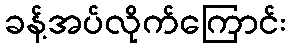
ခန့်အပ်လိုက်ကြောင်း